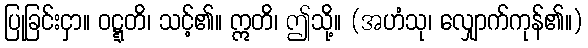
ပြုခြင်းငှာ။ ဝဋ္ဋတိ၊ သင့်၏။ ဣတိ၊ ဤသို့။ (အဟံသု၊ လျှောက်ကုန်၏။)